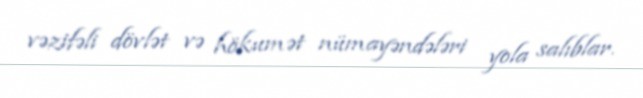
vəzifəli dövlət və hökumət nümayəndələri yola salıblar.